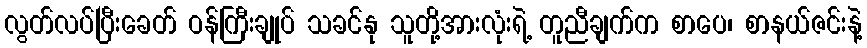
လွတ်လပ်ပြီးခေတ် ဝန်ကြီးချုပ် သခင်နု သူတို့အားလုံးရဲ့ တူညီချက်က စာပေ၊ စာနယ်ဇင်းနဲ့